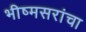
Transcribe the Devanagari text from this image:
भीष्मसरांचा